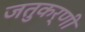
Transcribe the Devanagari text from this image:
जतुकर्णी